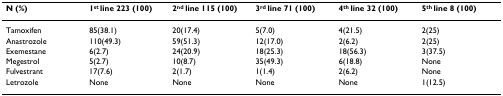
<table><thead><tr><td><b>N (%)</b></td><td><b>1<sup>st </sup>line 223 (100)</b></td><td><b>2<sup>nd </sup>line 115 (100)</b></td><td><b>3<sup>rd </sup>line 71 (100)</b></td><td><b>4<sup>th </sup>line 32 (100)</b></td><td><b>5<sup>th </sup>line 8 (100)</b></td></tr></thead><tbody><tr><td>Tamoxifen</td><td>85(38.1)</td><td>20(17.4)</td><td>5(7.0)</td><td>4(21.5)</td><td>2(25)</td></tr><tr><td>Anastrozole</td><td>110(49.3)</td><td>59(51.3)</td><td>12(17.0)</td><td>2(6.2)</td><td>2(25)</td></tr><tr><td>Exemestane</td><td>6(2.7)</td><td>24(20.9)</td><td>18(25.3)</td><td>18(56.3)</td><td>3(37.5)</td></tr><tr><td>Megestrol</td><td>5(2.7)</td><td>10(8.7)</td><td>35(49.3)</td><td>6(18.8)</td><td>None</td></tr><tr><td>Fulvestrant</td><td>17(7.6)</td><td>2(1.7)</td><td>1(1.4)</td><td>2(6.2)</td><td>None</td></tr><tr><td>Letrozole</td><td>None</td><td>None</td><td>None</td><td>None</td><td>1(12.5)</td></tr></tbody></table>